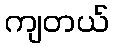
ကျတယ်